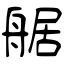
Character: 艍